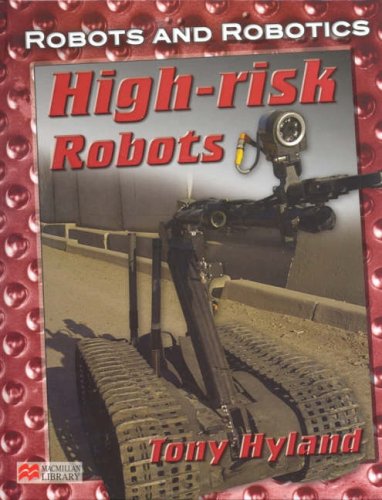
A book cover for Robots and Robotics High Risk Robots Macmillan Library (Robots and Robotics - Macmillan Library); Tony Hyland; Children's Books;